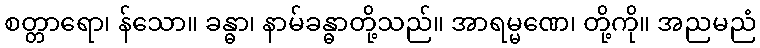
စတ္တာရော၊ န်သော။ ခန္ဓာ၊ နာမ်ခန္ဓာတို့သည်။ အာရမ္မဏေ၊ တို့ကို။ အညမညံ